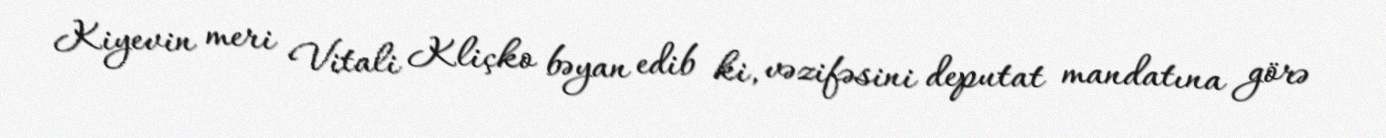
Kiyevin meri Vitali Kliçko bəyan edib ki, vəzifəsini deputat mandatına görə